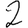
Digit: 2